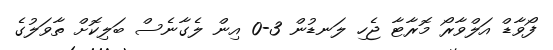
ފޯވާޑް އަލްވާރޯ މޮރާޓާ ޖެހި ލަނޑުން 3-0 އިން ލެގާނެސް ބަލިކޮށް ތާވަލުގެ